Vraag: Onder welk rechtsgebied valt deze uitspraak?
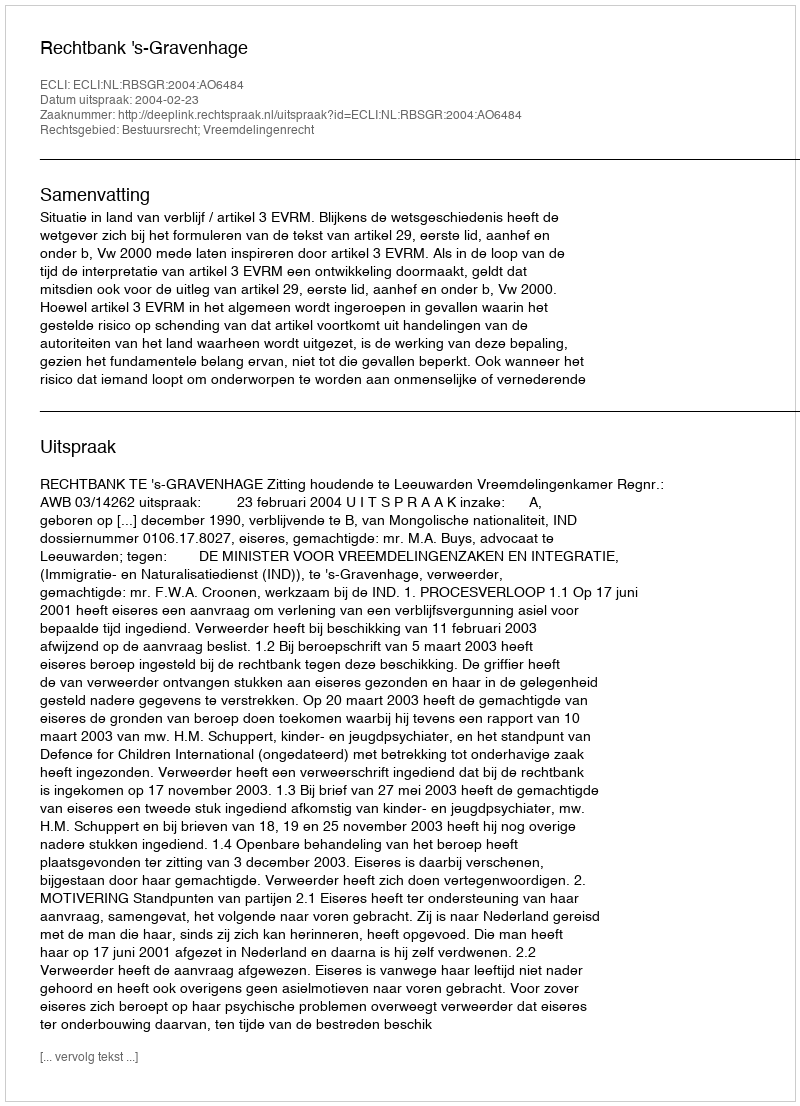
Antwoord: Bestuursrecht; Vreemdelingenrecht